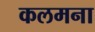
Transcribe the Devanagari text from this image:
कलमना